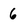
Character: 6